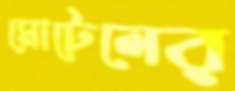
মোটেলের